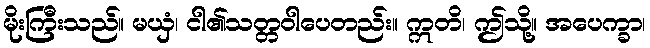
မိုးကြီးသည်။ မယှံ၊ ငါ၏သတ္တဝါပေတည်း။ ဣတိ၊ ဤသို့။ အပေက္ခာ၊